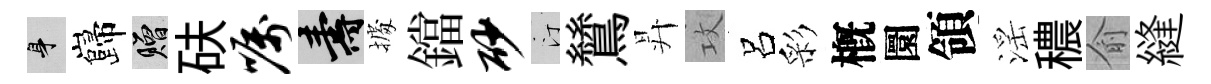
身巋贈砆嘱壽𢴃鐺砂汀鷥昇攻呂彩槪圜領滛穠俞縫